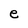
Character: e